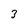
Character: 3